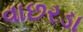
વાછરડા